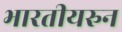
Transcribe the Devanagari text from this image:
भारतीयरुन